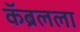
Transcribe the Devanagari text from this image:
कॅब्रलला